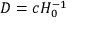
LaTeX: D = c H _ { 0 } ^ { - 1 }